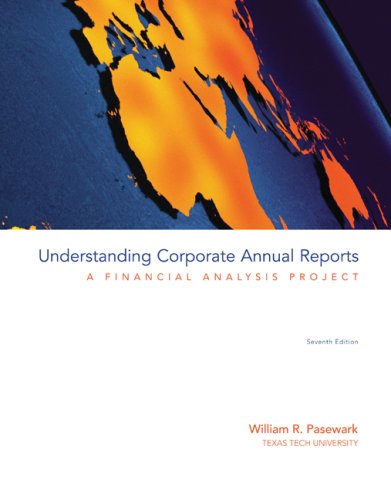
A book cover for Understanding Corporate Annual Reports; William Pasewark; Business & Money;